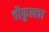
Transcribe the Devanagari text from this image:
चौफुल्ला